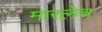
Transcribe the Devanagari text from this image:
मारलेच